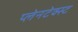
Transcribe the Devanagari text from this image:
प्लेनटेक्स्ट